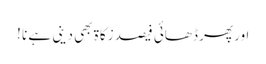
اور پھر ڈھائی فیصد زکاۃ بھی دینی ہے نا !